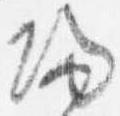
帰